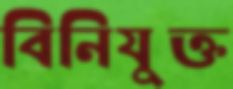
বিনিযুক্ত